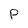
Character: P